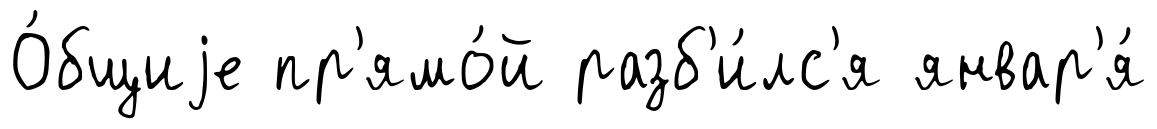
О́бщиjе пр'ямо́й разб'и́лс'я январ'я́